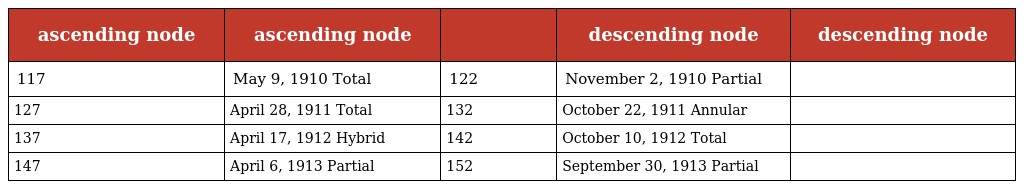
| ascending node | ascending node |  | descending node | descending node |
 | --- | --- | --- | --- | --- |
 | 117 | May 9, 1910 Total | 122 | November 2, 1910 Partial |  |
 | 127 | April 28, 1911 Total | 132 | October 22, 1911 Annular |  |
 | 137 | April 17, 1912 Hybrid | 142 | October 10, 1912 Total |  |
 | 147 | April 6, 1913 Partial | 152 | September 30, 1913 Partial |  |